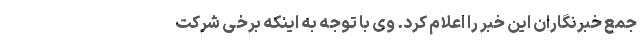
جمع خبرنگاران این خبر را اعلام کرد. وی با توجه به اینکه برخی شرکت